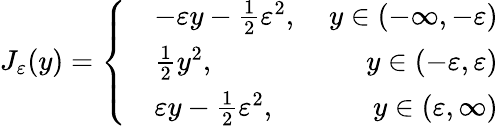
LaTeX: J_{\varepsilon}(y)=\left\{ \begin{array}{rlr}&{-\varepsilon y-\frac{1}{2}\varepsilon^{2},}&{\ y\in(-\infty,-\varepsilon)}\\ &{\frac{1}{2}y^{2},}&{\ y\in(-\varepsilon,\varepsilon)}\\ &{\varepsilon y-\frac{1}{2}\varepsilon^{2},}&{\ y\in(\varepsilon,\infty)}\end{array}\right.